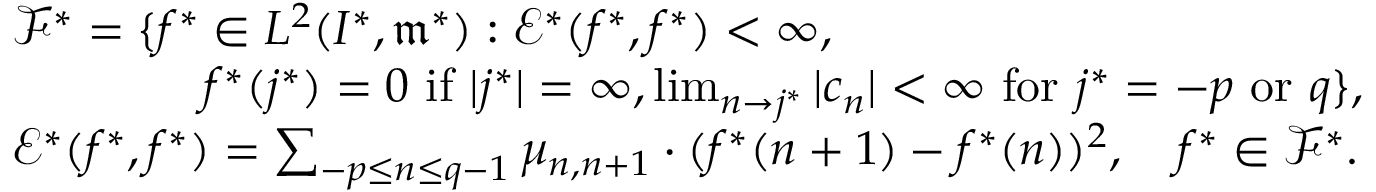
\begin{array} { r l } & { { \mathscr F } ^ { * } = \{ f ^ { * } \in L ^ { 2 } ( I ^ { * } , \mathfrak { m } ^ { * } ) : { \mathscr E } ^ { * } ( f ^ { * } , f ^ { * } ) < \infty , } \\ & { \qquad \qquad f ^ { * } ( j ^ { * } ) = 0 \mathrm { ~ i f ~ } | j ^ { * } | = \infty , \operatorname* { l i m } _ { n \rightarrow j ^ { * } } | c _ { n } | < \infty \mathrm { ~ f o r ~ } j ^ { * } = - p \mathrm { ~ o r ~ } q \} , } \\ & { { \mathscr E } ^ { * } ( f ^ { * } , f ^ { * } ) = \sum _ { - p \leq n \leq q - 1 } \mu _ { n , n + 1 } \cdot ( f ^ { * } ( n + 1 ) - f ^ { * } ( n ) ) ^ { 2 } , \quad f ^ { * } \in { \mathscr F } ^ { * } . } \end{array}